Scottish Leaving Certificate Examination, 1957
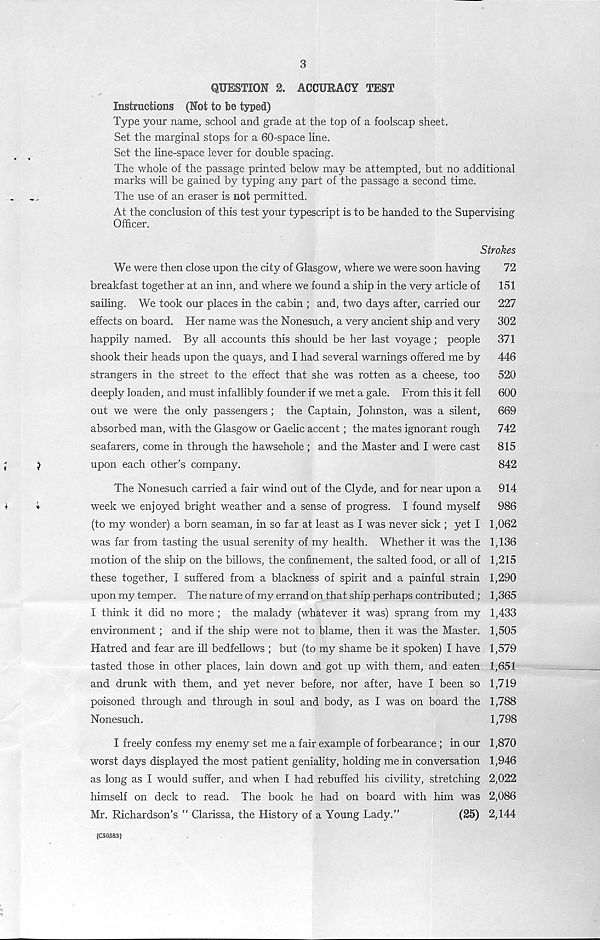
3
QUESTION 2. ACCURACY TEST
Instructions (Not to be typed)
Type your name, school and grade at the top of a foolscap sheet.
Set the marginal stops for a 60-space line.
Set the line-space lever for double spacing.
The whole of the passage printed below may be attempted, but no additional
marks will be gained by typing any part of the passage a second time.
The use of an eraser is not permitted.
At the conclusion of this test your typescript is to be handed to the Supervising
Officer.
Strokes
We were then close upon the city of Glasgow, where we were soon having
72
breakfast together at an inn, and where we found a ship in the very article of
151
sailing. We took our places in the cabin ; and, two days after, carried our
227
effects on board. Her name was the Nonesuch, a very ancient ship and very
302
happily named. By all accounts this should be her last voyage ; people
371
shook their heads upon the quays, and I had several warnings offered me by
446
strangers in the street to the effect that she was rotten as a cheese, too
520
deeply loaden, and must infallibly founder if we met a gale. From this it fell
600
out we were the only passengers ; the Captain, Johnston, was a silent,
669
absorbed man, with the Glasgow or Gaelic accent; the mates ignorant rough
742
seafarers, come in through the hawsehole ; and the Master and I were cast
815
)
upon each other’s company.
842
The Nonesuch carried a fair wind out of the Clyde, and for near upon a
914
*
week we enjoyed bright weather and a sense of progress. I found myself
986
(to my wonder) a born seaman, in so far at least as I was never sick ; yet I 1,062
was far from tasting the usual serenity of my health. Whether it was the 1,136
motion of the ship on the billows, the confinement, the salted food, or all of 1,215
these together, I suffered from a blackness of spirit and a painful strain 1,290
upon my temper. The nature of my errand on that ship perhaps contributed; 1,365
I think it did no more ; the malady (whatever it was) sprang from my 1,433
environment; and if the ship were not to blame, then it was the Master. 1,505
Hatred and fear are ill bedfellows ; but (to my shame be it spoken) I have 1,579
tasted those in other places, lain down and got up with them, and eaten 1,651
and drunk with them, and yet never before, nor after, have I been so 1,719
poisoned through and through in soul and body, as I was on board the 1,788
Nonesuch.
1,798
I freely confess my enemy set me a fair example of forbearance ; in our 1,870
worst days displayed the most patient geniality, holding me in conversation 1,946
as long as I would suffer, and when I had rebuffed his civility, stretching 2,022
himself on deck to read. The book he had on board with him was 2,086
Mr. Richardson’s “ Clarissa, the History of a Young Lady.”
(25) 2,144
(C56583)